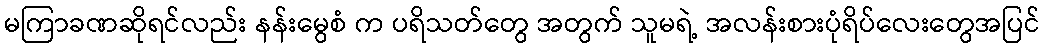
မကြာခဏဆိုရင်လည်း နန်းမွေစံ က ပရိသတ်တွေ အတွက် သူမရဲ့ အလန်းစားပုံရိပ်လေးတွေအပြင်